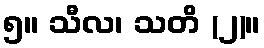
၅။ သီလ၊ သတိ (၂)။